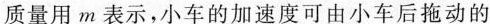
质量用m表示，小车的加速度可由小车后拖动的